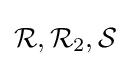
{\mathcal {R}},{\mathcal {R}}_{2},{\mathcal {S}}